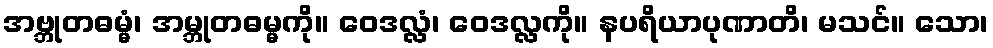
အဗ္ဘုတဓမ္မံ၊ အမ္ဘုတဓမ္မကို။ ဝေဒလ္လံ၊ ဝေဒလ္လကို။ နပရိယာပုဏာတိ၊ မသင်။ သော၊